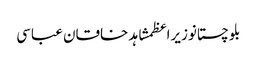
بلوچستانوزیراعظمشاہد خاقان عباسی